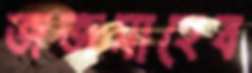
জজসাহেব